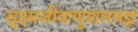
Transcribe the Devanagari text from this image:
सूक्ष्मजीवाणुशास्त्रज्ञ